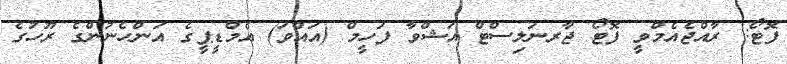
ފޮޓޯ: ރާއްޖެއެމްވީ ފޮޓޯ ޖާރނަލިސްޓް އަޝްވާ ފަހީމް (އައްވަ) އެމްޑީޕީގެ އަންހެނުންގެ ރޫހުގެ